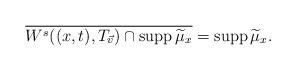
LaTeX: \begin{align*}\overline{W^{s}((x,t), T_{\vec{v}}) \cap \operatorname{supp}\widetilde{\mu}_{x}}=\operatorname{supp}\widetilde{\mu}_{x}. \end{align*}